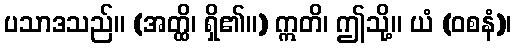
ပသာဒသည်။ (အတ္ထိ၊ ရှိ၏။) ဣတိ၊ ဤသို့။ ယံ (ဝစနံ)၊